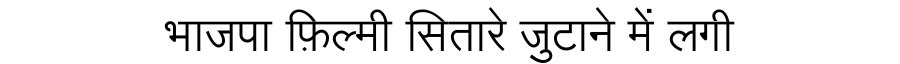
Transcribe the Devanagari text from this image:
भाजपा फ़िल्मी सितारे जुटाने में लगी